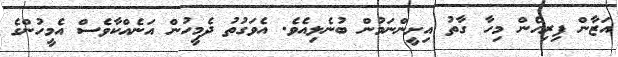
އަޒާން ފިރިހެން މިހާ ގާތު އިށީންނަމުން ބުނެލިއެވެ. އެވަގުތު ދެމީހުން އަނެއްކާވެސް އެމީހުންގެ